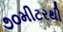
૭૦મીટરથી